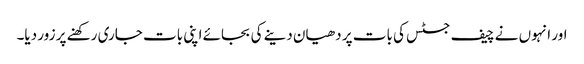
اور انہوں نے چیف جسٹس کی بات پر دھیان دینے کی بجائے اپنی بات جاری رکھنے پر زور دیا۔